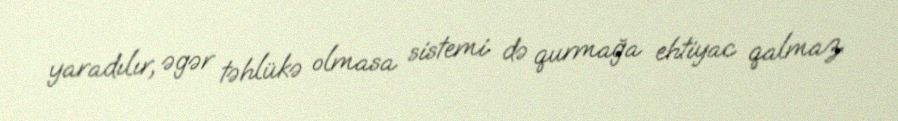
yaradılır, əgər təhlükə olmasa sistemi də qurmağa ehtiyac qalmaz.